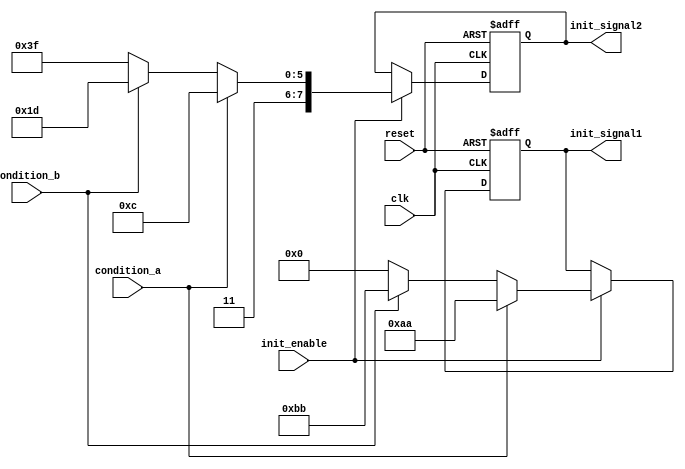
module conditional_initialization (
    input wire clk,               // Clock signal
    input wire reset,             // Reset signal
    input wire init_enable,       // Control signal for initialization
    input wire condition_a,       // Condition signal A
    input wire condition_b,       // Condition signal B
    output reg [7:0] init_signal1, // Initialized signal 1
    output reg [7:0] init_signal2  // Initialized signal 2
);

    // Define initial values for the initialized signals
    localparam INIT_VALUE_1_A = 8'hAA; // Value for condition A
    localparam INIT_VALUE_1_B = 8'hBB; // Value for condition B
    localparam INIT_VALUE_1_DEFAULT = 8'h00; // Default value
    localparam INIT_VALUE_2_A = 8'hCC; // Value for condition A
    localparam INIT_VALUE_2_B = 8'hDD; // Value for condition B
    localparam INIT_VALUE_2_DEFAULT = 8'hFF; // Default value

    // Synchronous process for initialization
    always @(posedge clk or posedge reset) begin
        if (reset) begin
            // Reset the initialized signals to known states
            init_signal1 <= 8'h00;
            init_signal2 <= 8'h00;
        end else if (init_enable) begin
            // Conditional initialization based on conditions
            if (condition_a) begin
                init_signal1 <= INIT_VALUE_1_A;
                init_signal2 <= INIT_VALUE_2_A;
            end else if (condition_b) begin
                init_signal1 <= INIT_VALUE_1_B;
                init_signal2 <= INIT_VALUE_2_B;
            end else begin
                // Default initialization if no conditions are met
                init_signal1 <= INIT_VALUE_1_DEFAULT;
                init_signal2 <= INIT_VALUE_2_DEFAULT;
            end
        end
    end

endmodule